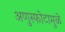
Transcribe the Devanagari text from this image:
अणुस्फोटामुळे